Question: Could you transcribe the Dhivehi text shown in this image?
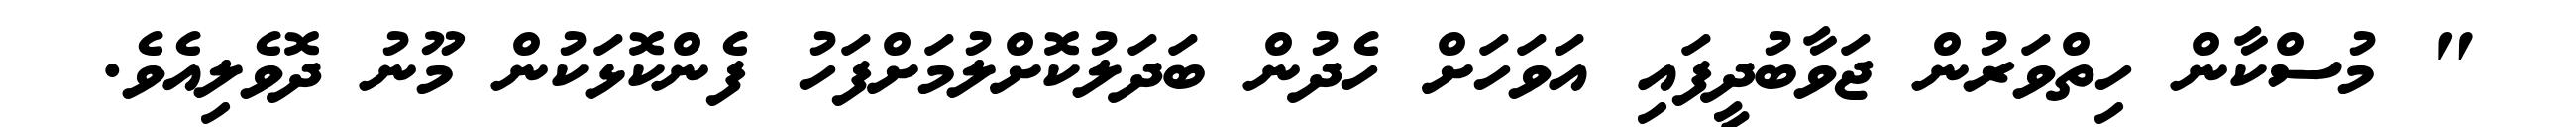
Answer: " މުސްކާން ހިތްވަރުން ޖަވާބުދީފައި އަވަހަށް ހެދުން ބަދަލުކޮށްލުމަށްފަހު ފެންކޮޅަކުން މޫނު ދޮވެލިއެވެ.